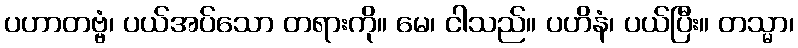
ပဟာတဗ္ဗံ၊ ပယ်အပ်သော တရားကို။ မေ၊ ငါသည်။ ပဟိနံ၊ ပယ်ပြီး။ တသ္မာ၊